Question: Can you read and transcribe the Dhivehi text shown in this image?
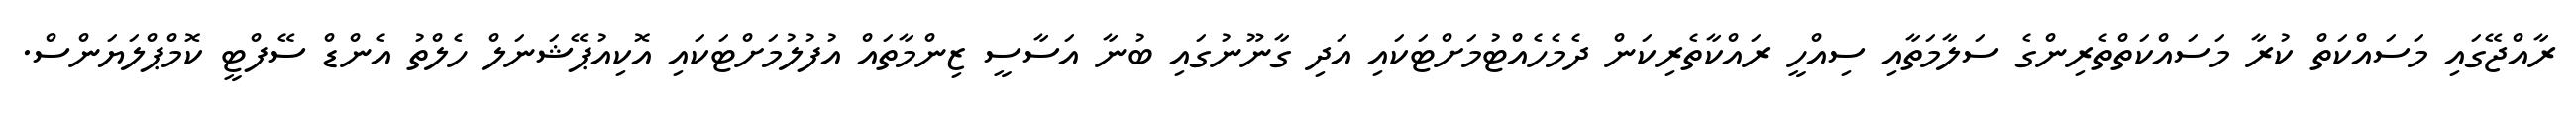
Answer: ރާއްޖޭގައި މަސައްކަތް ކުރާ މަސައްކަތްތެރިންގެ ސަލާމަތާއި ސިއްހީ ރައްކާތެރިކަން ދެމެހެއްޓުމަށްޓަކައި އަދި ގާނޫނުގައި ބުނާ އަސާސީ ޒިންމާތައް އުފުލުމަށްޓަކައި އޮކިއުޕޭޝަނަލް ހެލްތު އެންޑް ސޭފްޓީ ކޮމްޕްލަޔަންސް.